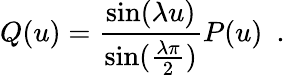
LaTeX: Q(u)=\frac{\sin(\lambda u)}{\sin(\frac{\lambda\pi}{2})}P(u)\, \, \, .